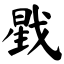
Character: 戥